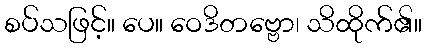
စပ်သဖြင့်။ ပေ။ ဝေဒိတဗ္ဗော၊ သိထိုက်၏။